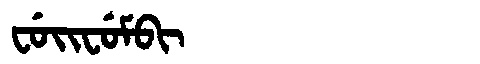
Manchu: ᠸᡠᡳᠸᡠᠮᠪᡳ
Romanization: FUIFUMBI